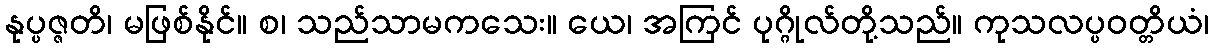
နုပ္ပဇ္ဇတိ၊ မဖြစ်နိုင်။ စ၊ သည်သာမကသေး။ ယေ၊ အကြင် ပုဂ္ဂိုလ်တို့သည်။ ကုသလပ္ပဝတ္တိယံ၊